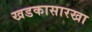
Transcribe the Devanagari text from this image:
खडकासारखा